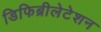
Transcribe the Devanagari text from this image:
डिफिब्रीलेटेशन